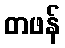
တဖန်